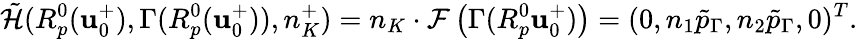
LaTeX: \tilde{\mathcal{H}}(R_{p}^{0}(\mathbf{u}_{0}^{+}),\Gamma(R_{p}^{0}(\mathbf{u}_{0}^{+})),n_{K}^{+})=n_{K}\cdot\mathcal{F}\left(\Gamma(R_{p}^{0}\mathbf{u}_{0}^{+})\right)=(0,n_{1}\tilde{p}_{\Gamma},n_{2}\tilde{p}_{\Gamma},0)^{T}.